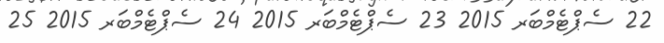
22 ސެޕްޓެމްބަރ 2015 23 ސެޕްޓެމްބަރ 2015 24 ސެޕްޓެމްބަރ 2015 25